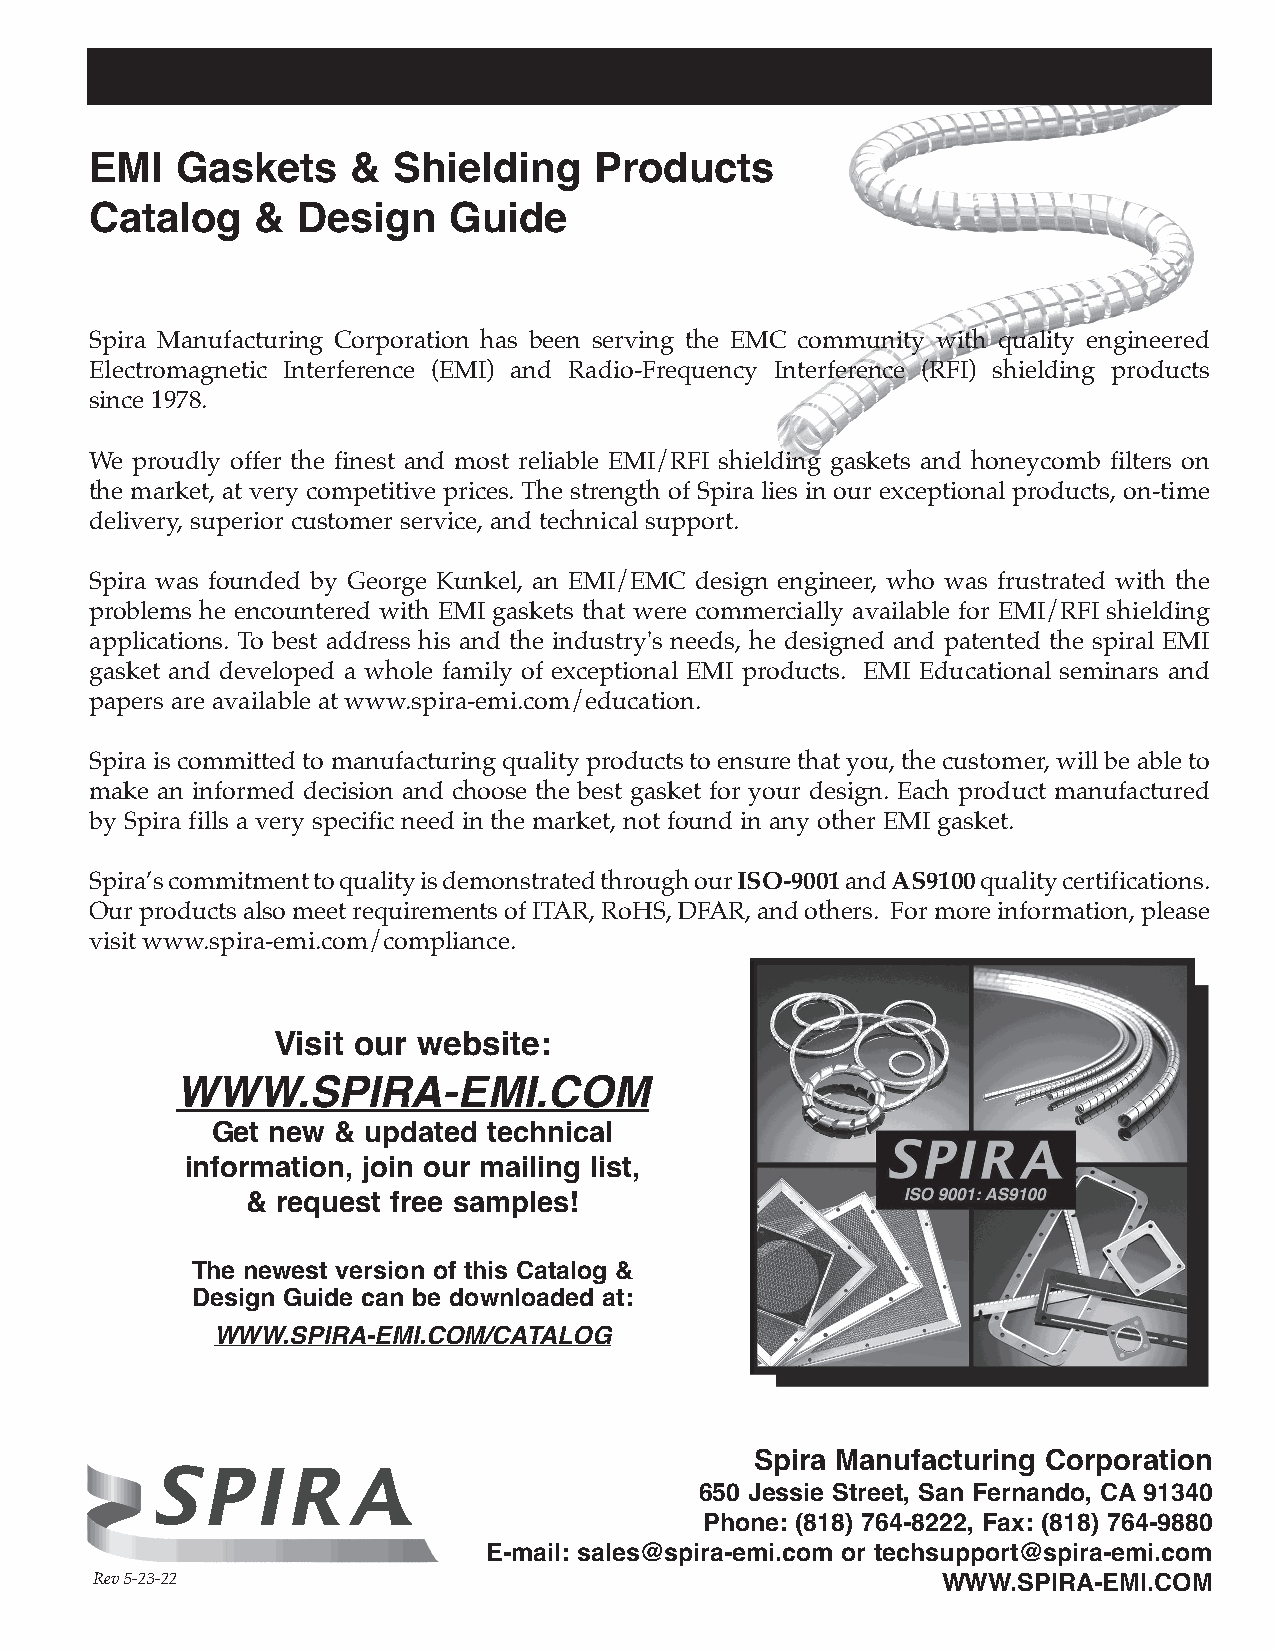
EMI   Gaskets    &  Shielding    Products
 Catalog    &  Design    Guide
 Spira Manufacturing Corporation has been serving the EMC community with quality engineered
 Electromagnetic Interference (EMI) and Radio-Frequency Interference (RFI) shielding products
 since 1978.
 We proudly offer the finest and most reliable EMI/RFI shielding gaskets and honeycomb filters on
 the market, at very competitive prices. The strength of Spira lies in our exceptional products, on-time
 delivery, superior customer service, and technical support.
 Spira was founded by George Kunkel, an EMI/EMC design engineer, who was frustrated with the
 problems he encountered with EMI gaskets that were commercially available for EMI/RFI shielding
 applications. To best address his and the industry's needs, he designed and patented the spiral EMI
 gasket and developed a whole family of exceptional EMI products. EMI Educational seminars and
 papers are available at www.spira-emi.com/education.
 Spira is committed to manufacturing quality products to ensure that you, the customer, will be able to
 make an informed decision and choose the best gasket for your design. Each product manufactured
 by Spira fills a very specific need in the market, not found in any other EMI gasket.
 Spira’s commitment to quality is demonstrated through our ISO-9001 and AS9100 quality certifications.
 Our products also meet requirements of ITAR, RoHS, DFAR, and others. For more information, please
 visit www.spira-emi.com/compliance.
 Visit our website:
 WWW.SPIRA-EMI.COM
 Get new & updated technical
 information, join our mailing list,
 & request free samples!
 The newest version of this Catalog &
 Design Guide can be downloaded at:
 WWW.SPIRA-EMI.COM/CATALOG
 Spira Manufacturing Corporation
 650 Jessie Street, San Fernando, CA 91340
 Phone: (818) 764-8222, Fax: (818) 764-9880
 E-mail: sales@spira-emi.com or techsupport@spira-emi.com
 Rev 5-23-22                                             WWW.SPIRA-EMI.COM